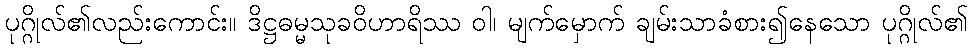
ပုဂ္ဂိုလ်၏လည်းကောင်း။ ဒိဋ္ဌဓမ္မသုခဝိဟာရိဿ ဝါ၊ မျက်မှောက် ချမ်းသာခံစား၍နေသော ပုဂ္ဂိုလ်၏